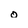
Character: o